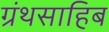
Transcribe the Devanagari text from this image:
ग्रंथसाहिब